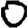
Digit: 0